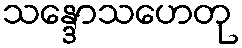
သန္ဒောသဟေတု